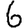
Digit: 6